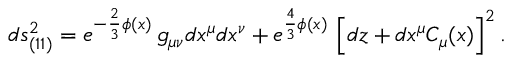
d s _ { ( 1 1 ) } ^ { 2 } = e ^ { - \frac 2 3 \phi ( x ) } \, g _ { \mu \nu } d x ^ { \mu } d x ^ { \nu } + e ^ { \frac 4 3 \phi ( x ) } \, \left[ d z + d x ^ { \mu } C _ { \mu } ( x ) \right] ^ { 2 } .